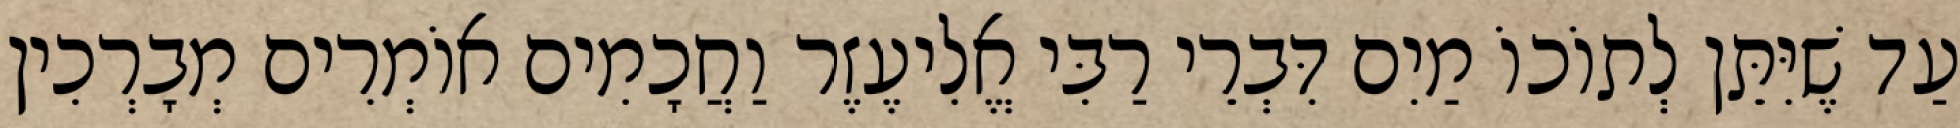
עַד שֶׁיִּתֵּן לְתוֹכוֹ מַיִם דִּבְרֵי רַבִּי אֱלִיעֶזֶר וַחֲכָמִים אוֹמְרִים מְבָרְכִין